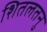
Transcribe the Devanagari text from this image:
शितलतनु